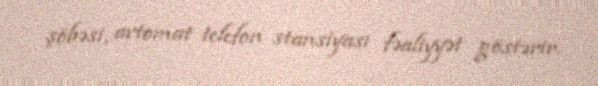
şöbəsi, avtomat telefon stansiyası fəaliyyət göstərir.